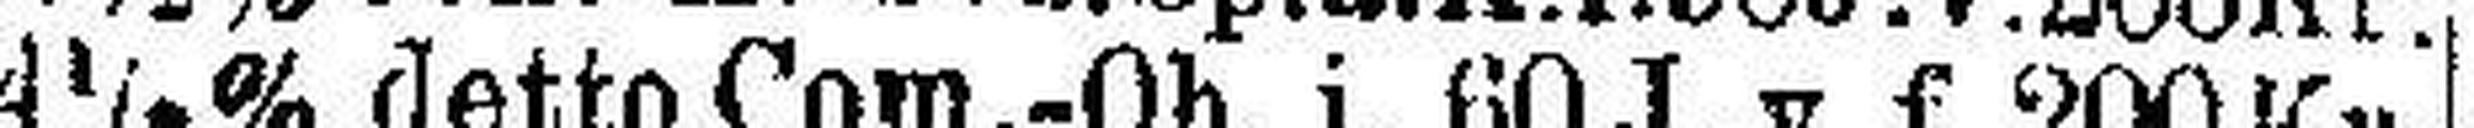
4½% detto Com.-Ob. i. 60 J. v. f. 200 Kr.